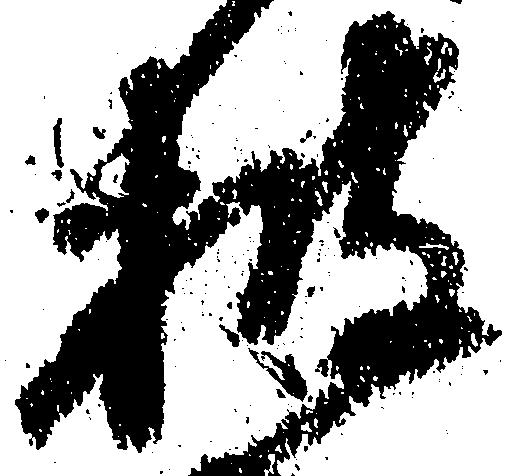
披